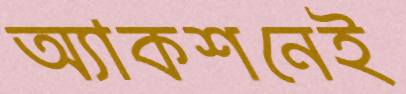
অ্যাকশনেই